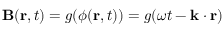
\mathbf { B } ( \mathbf { r } , t ) = g ( \phi ( \mathbf { r } , t ) ) = g ( \omega t - \mathbf { k } \cdot \mathbf { r } )